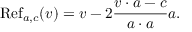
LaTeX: \operatorname { R e f } _ { a , c } ( v ) = v - 2 { \frac { v \cdot a - c } { a \cdot a } } a .